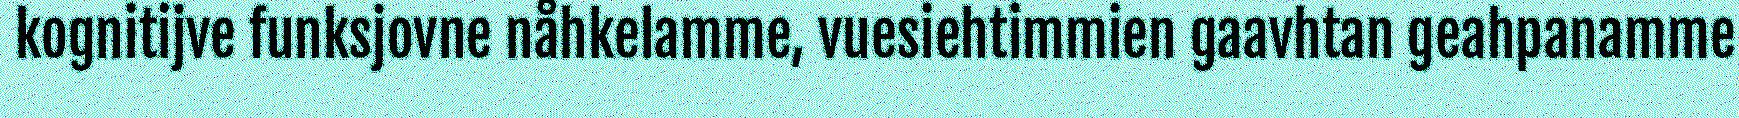
kognitijve funksjovne nåhkelamme, vuesiehtimmien gaavhtan geahpanamme